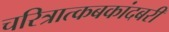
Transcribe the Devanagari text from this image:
चरित्रात्कबकांदबरी